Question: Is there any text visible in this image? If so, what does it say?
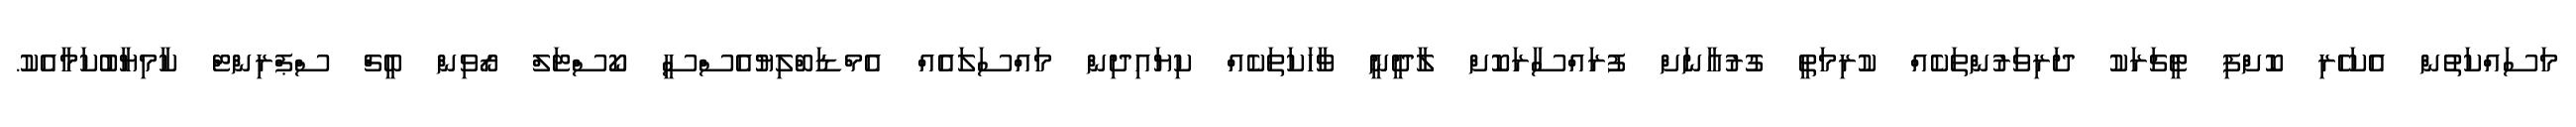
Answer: މަސައްކަތުން އެކަހެރި ކޮށްފި ޓީޗަރަކު ދަރިވަރުންތަކެއް ކުރިމަތީ ގުރުއާނަށް ފުރައްސާރަކޮށް ލާދީނީ ވާހަކަތަކެއް ކިޔައިދިން މައްސަލައެއް އެމްޑަބްލިޔުއެސްސީ ކޯސްޓަލް ރޯވިން ބީޗް ސްޕްރިންޓް ކާމިޔާބުކަމާއެކު.